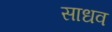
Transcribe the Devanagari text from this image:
साधव